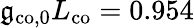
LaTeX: \mathfrak{g}_{\mathrm{{co,0}}}L_{\mathrm{{co}}}=0.954